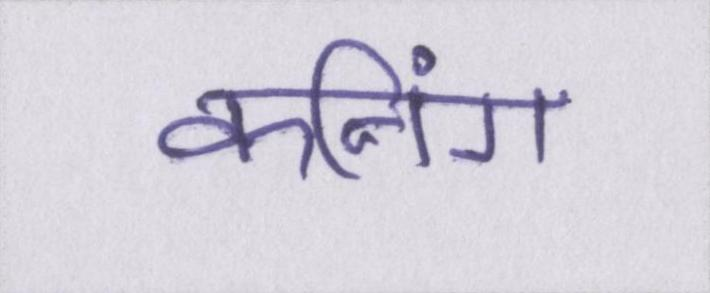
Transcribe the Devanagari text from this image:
कनिंग